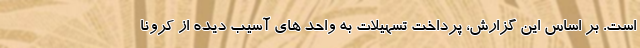
است. بر اساس این گزارش، پرداخت تسهیلات به واحد های آسیب دیده از کرونا